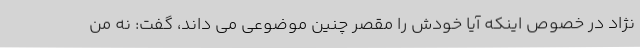
نژاد در خصوص اینکه آیا خودش را مقصر چنین موضوعی می داند، گفت: نه من